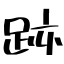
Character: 跡